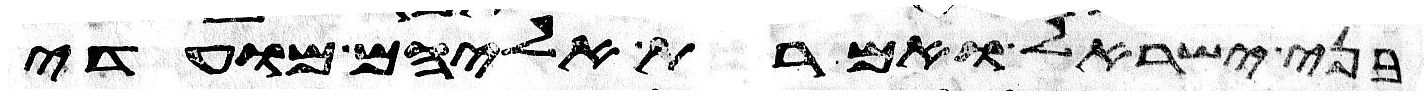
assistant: בני ישראל ואמרת אליהם מועדי